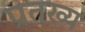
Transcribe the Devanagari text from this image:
प्रतख्य